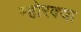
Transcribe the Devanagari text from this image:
म्होरक्‍या